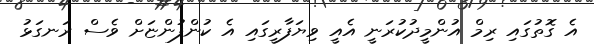
އެ ގޮތުގައި ރިމް އުންމީދުކުރަނީ އެއީ ވިޔަފާރީގައި އެ ކުންފުންޏަށް ވެސް ރަނގަޅު